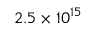
2 . 5 \times 1 0 ^ { 1 5 }